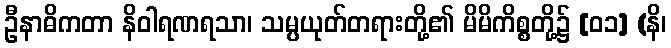
ဦနာဓိကတာ နိဝါရဏရသာ၊ သမ္ပယုတ်တရားတို့၏ မိမိကိစ္စတို့၌ [၀၁] (နိ၊